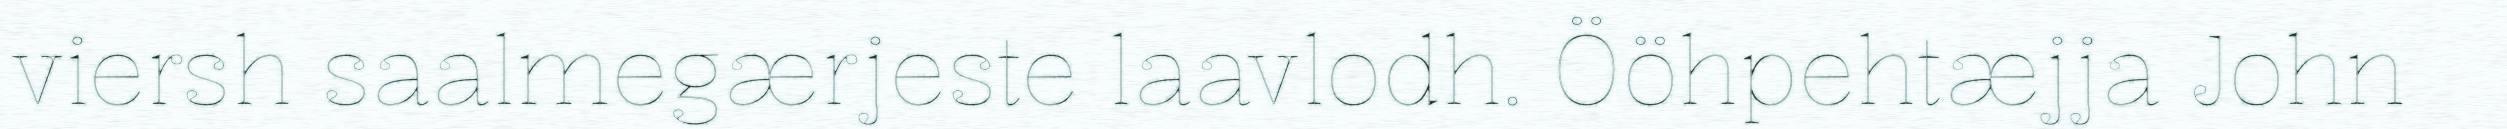
viersh saalmegærjeste laavlodh. Ööhpehtæjja John